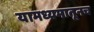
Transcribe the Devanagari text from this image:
यामध्यमातूनच